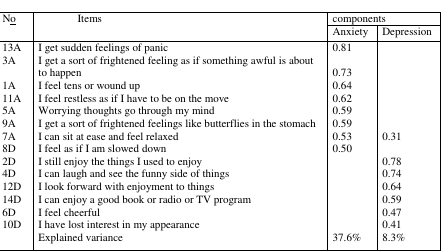
<table><thead><tr><td rowspan="3"><b>N<underline>o</underline></b></td><td rowspan="3"><b>Items</b></td><td colspan="2"><b>components</b></td></tr><tr><td><b>Anxiety</b></td><td><b>Depression</b></td></tr></thead><tbody><tr><td>13A</td><td>I get sudden feelings of panic</td><td>0.81</td><td></td></tr><tr><td>3A</td><td>I get a sort of frightened feeling as if something awful is about to happen</td><td>0.73</td><td></td></tr><tr><td>1A</td><td>I feel tens or wound up</td><td>0.64</td><td></td></tr><tr><td>11A</td><td>I feel restless as if I have to be on the move</td><td>0.62</td><td></td></tr><tr><td>5A</td><td>Worrying thoughts go through my mind</td><td>0.59</td><td></td></tr><tr><td>9A</td><td>I get a sort of frightened feelings like butterflies in the stomach</td><td>0.59</td><td></td></tr><tr><td>7A</td><td>I can sit at ease and feel relaxed</td><td>0.53</td><td>0.31</td></tr><tr><td>8D</td><td>I feel as if I am slowed down</td><td>0.50</td><td></td></tr><tr><td>2D</td><td>I still enjoy the things I used to enjoy</td><td></td><td>0.78</td></tr><tr><td>4D</td><td>I can laugh and see the funny side of things</td><td></td><td>0.74</td></tr><tr><td>12D</td><td>I look forward with enjoyment to things</td><td></td><td>0.64</td></tr><tr><td>14D</td><td>I can enjoy a good book or radio or TV program</td><td></td><td>0.59</td></tr><tr><td>6D</td><td>I feel cheerful</td><td></td><td>0.47</td></tr><tr><td>10D</td><td>I have lost interest in my appearance</td><td></td><td>0.41</td></tr><tr><td></td><td>Explained variance</td><td>37.6%</td><td>8.3%</td></tr></tbody></table>